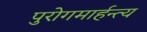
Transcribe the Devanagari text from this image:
पुरोगमार्हन्त्य